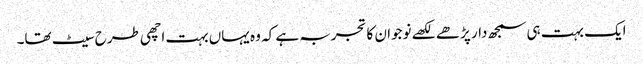
ایک بہت ہی سمجھ دار پڑھے لکھے نوجوان کا تجربہ ہے کہ وہ یہاں بہت اچھی طرح سیٹ تھا۔